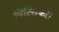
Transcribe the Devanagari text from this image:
पिटिसकस